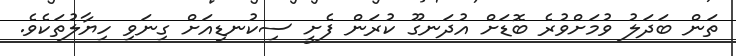
ތަން ބަދަލު ވުމަށްވުރެ ބޮޑަށް އުދަނގޫ ކުރަން ފެށީ ސިކުނޑިއަށް ގިނަވި ހިޔާލުތަކެވެ.